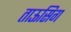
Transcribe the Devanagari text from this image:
ताऊसिग